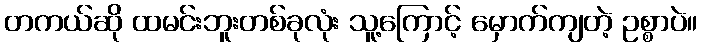
တကယ်ဆို ထမင်းဘူးတစ်ခုလုံး သူ့ကြောင့် မှောက်ကျတဲ့ ဥစ္စာပဲ။